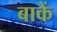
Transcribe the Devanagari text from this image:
बाकें